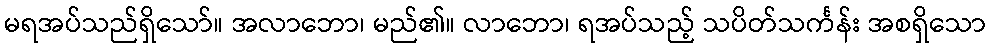
မရအပ်သည်ရှိသော်။ အလာဘော၊ မည်၏။ လာဘော၊ ရအပ်သည့် သပိတ်သင်္ကန်း အစရှိသော